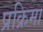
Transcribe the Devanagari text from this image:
प्रक्रिमा